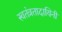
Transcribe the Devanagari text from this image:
स्वतंत्रतादायिनी